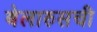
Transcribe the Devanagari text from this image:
बेलारुसची